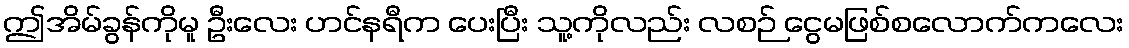
ဤအိမ်ခွန်ကိုမူ ဦးလေး ဟင်နရီက ပေးပြီး သူ့ကိုလည်း လစဉ် ငွေမဖြစ်စလောက်ကလေး